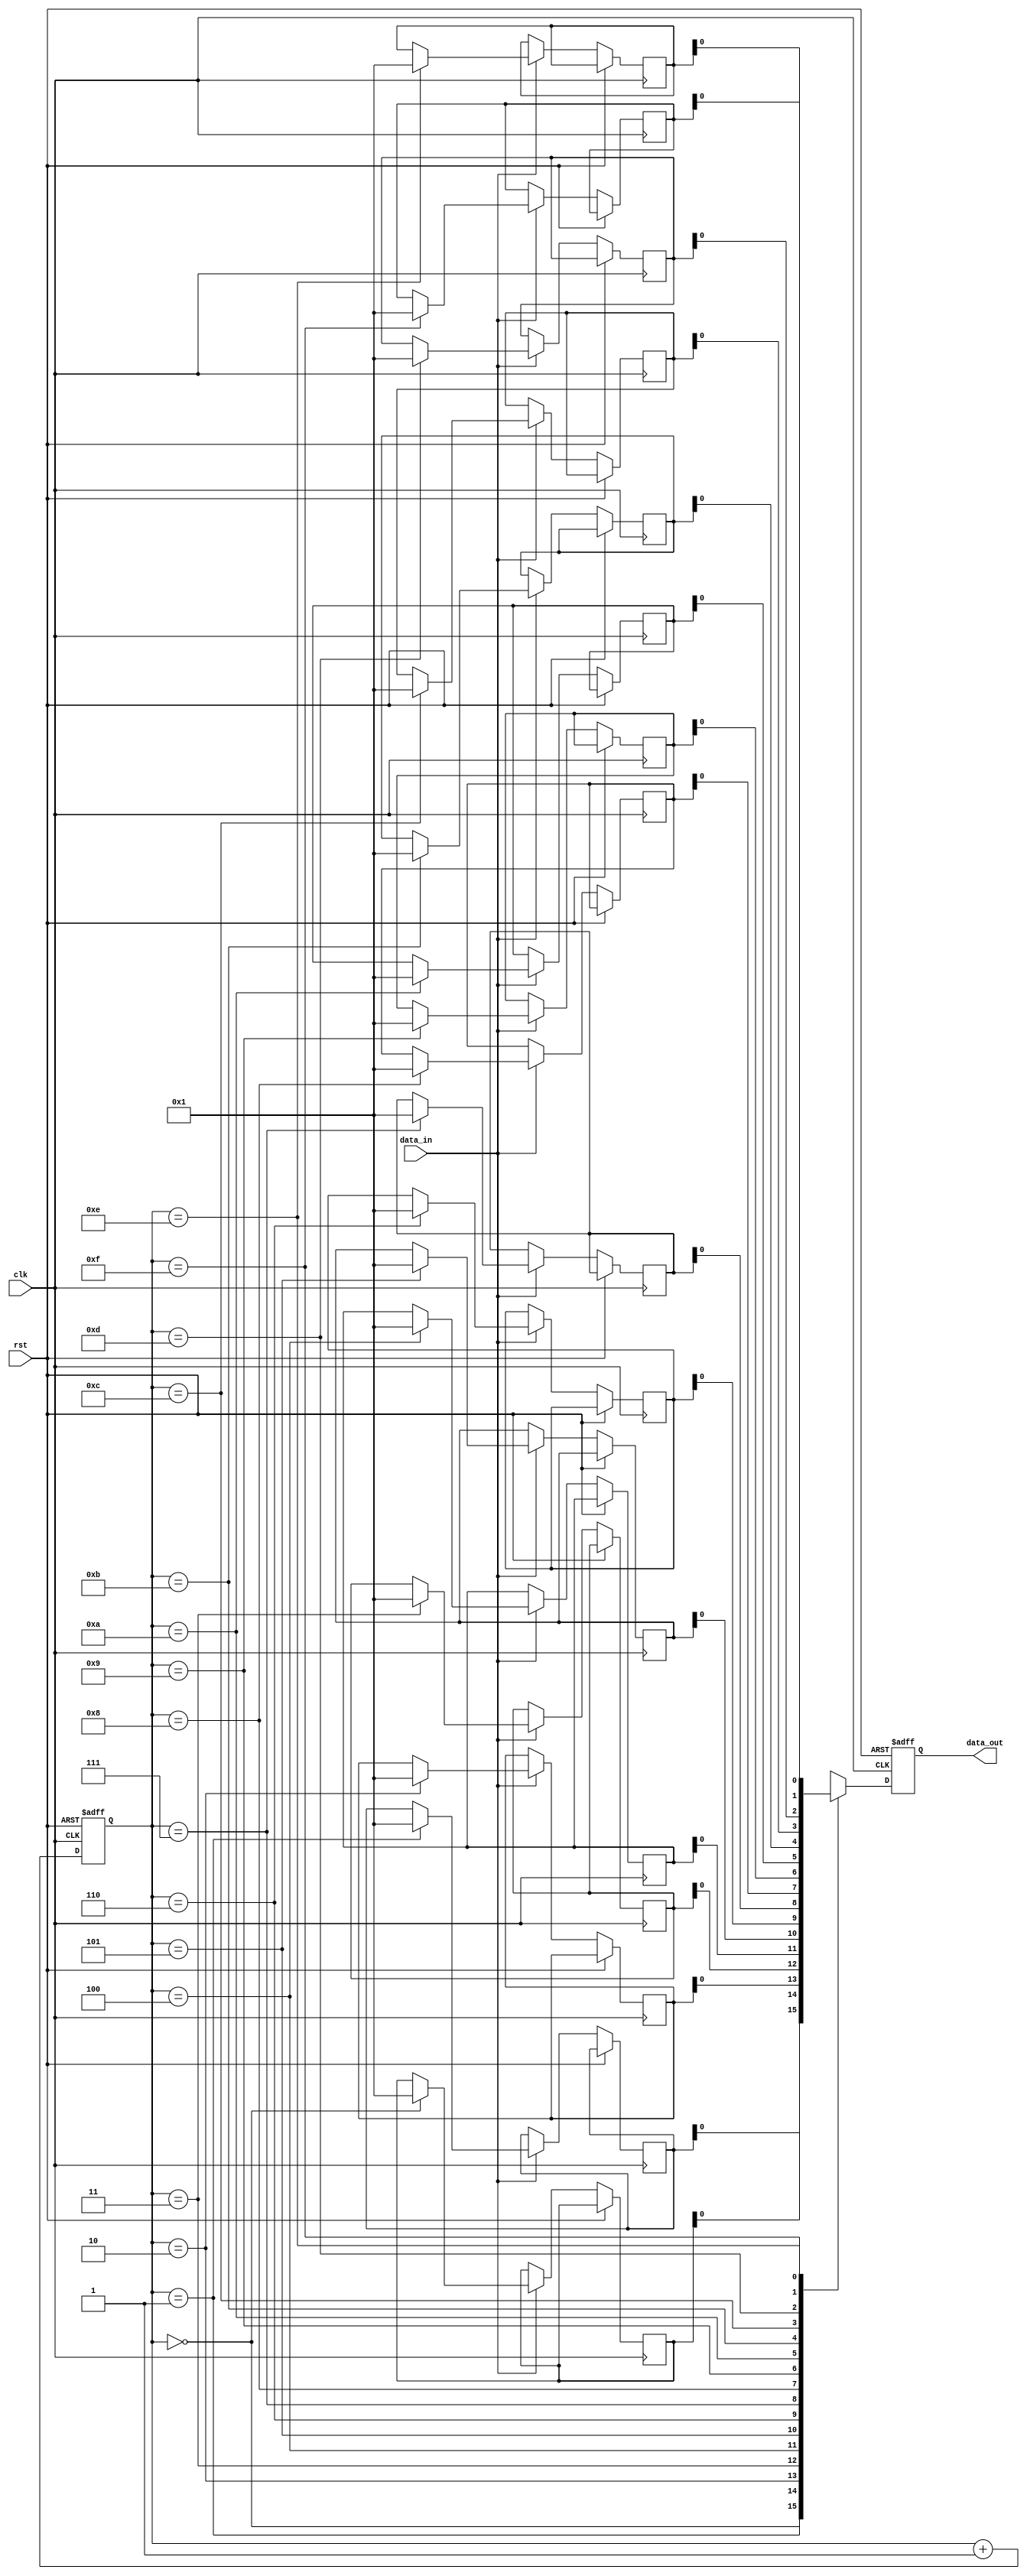
module Gray_FIFO (
    input wire clk,
    input wire rst,
    input wire data_in,
    output reg data_out
);

reg [3:0] gray_code_counter;
reg [7:0] fifo_memory [15:0];

always @(posedge clk or posedge rst) begin
    if (rst) begin
        gray_code_counter <= 4'd0;
        data_out <= 8'd0;
    end else begin
        gray_code_counter <= gray_code_counter + 1;
        if (data_in) begin
            fifo_memory[gray_code_counter] <= data_in;
        end
        data_out <= fifo_memory[gray_code_counter];
    end
end

endmodule